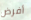
أفرض